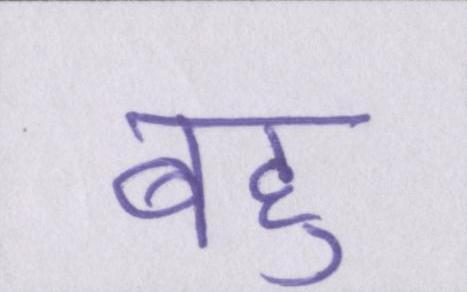
बहु